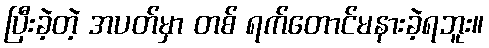
ပြီးခဲ့တဲ့ အပတ်မှာ တစ် ရက်တောင်မနားခဲ့ရဘူး။